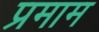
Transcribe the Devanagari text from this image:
प्रमाम